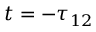
t = - \tau _ { 1 2 }